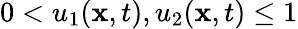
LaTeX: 0<u_{1}({\mathbf{x}},t),u_{2}({\mathbf{x}},t)\leq 1